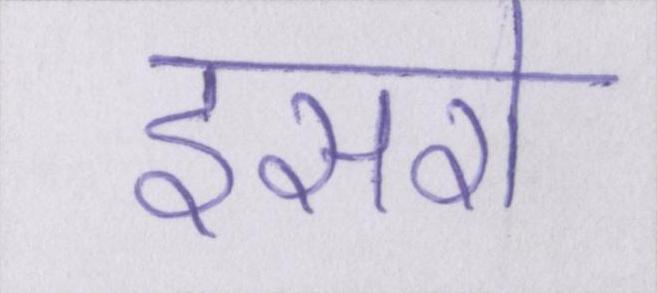
इसरो